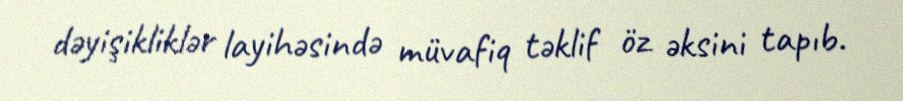
dəyişikliklər layihəsində müvafiq təklif öz əksini tapıb.